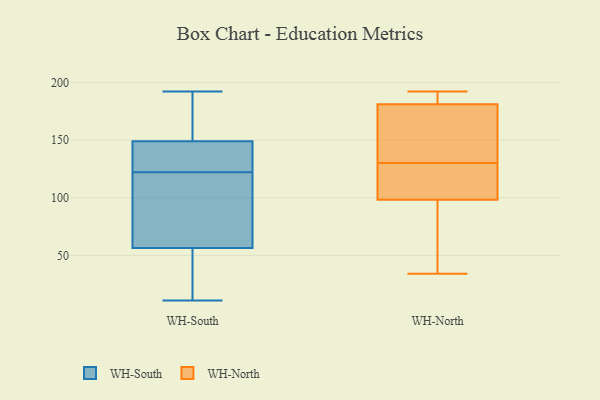
{"axis": {"x": "Energy Usage (MWh)", "y": "Value"}, "legend": ["WH-North", "WH-South"], "data": [{"x": "", "y": 166, "type": "WH-South"}, {"x": "", "y": 192, "type": "WH-South"}, {"x": "", "y": 146, "type": "WH-South"}, {"x": "", "y": 159, "type": "WH-South"}, {"x": "", "y": 105, "type": "WH-South"}, {"x": "", "y": 122, "type": "WH-South"}, {"x": "", "y": 52, "type": "WH-South"}, {"x": "", "y": 11, "type": "WH-South"}, {"x": "", "y": 61, "type": "WH-South"}, {"x": "", "y": 78, "type": "WH-South"}, {"x": "", "y": 133, "type": "WH-South"}, {"x": "", "y": 128, "type": "WH-South"}, {"x": "", "y": 29, "type": "WH-South"}, {"x": "", "y": 127, "type": "WH-South"}, {"x": "", "y": 31, "type": "WH-South"}, {"x": "", "y": 58, "type": "WH-South"}, {"x": "", "y": 158, "type": "WH-South"}, {"x": "", "y": 192, "type": "WH-North"}, {"x": "", "y": 130, "type": "WH-North"}, {"x": "", "y": 90, "type": "WH-North"}, {"x": "", "y": 175, "type": "WH-North"}, {"x": "", "y": 123, "type": "WH-North"}, {"x": "", "y": 34, "type": "WH-North"}, {"x": "", "y": 142, "type": "WH-North"}, {"x": "", "y": 130, "type": "WH-North"}, {"x": "", "y": 188, "type": "WH-North"}, {"x": "", "y": 45, "type": "WH-North"}, {"x": "", "y": 183, "type": "WH-North"}]}